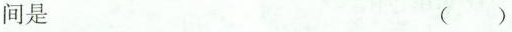
间是 ( )